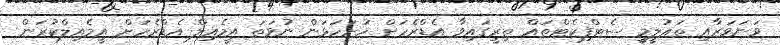
ވަނަވަރާއި ތަޢުލީމީ ސެޓްފިކެޓްތައް ތިރީގައިވާ އެޑްރެހަށް ހުށަހަޅަން ނުވަތަ އީމެއިލް އެޑްރެހަށް އީމެއިލްކުރަން